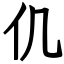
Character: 仉